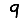
Digit: 9